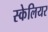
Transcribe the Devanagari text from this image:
स्केलियर